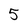
Character: 5